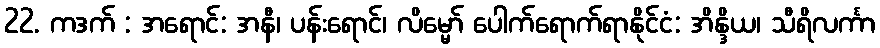
22. ကဒက် : အရောင်: အနီ၊ ပန်းရောင်၊ လိမ္မော် ပေါက်ရောက်ရာနိုင်ငံ: အိန္ဒိယ၊ သီရိလင်္ကာ